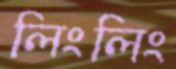
লিংলিং